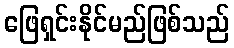
ဖြေရှင်းနိုင်မည်ဖြစ်သည်